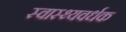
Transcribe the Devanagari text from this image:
स्‍वास्‍थ्‍यवर्धक